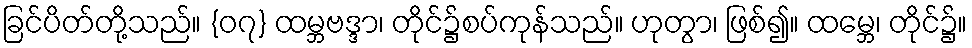
ခြင်ပိတ်တို့သည်။ {၀၇} ထမ္ဘဗဒ္ဒာ၊ တိုင်၌စပ်ကုန်သည်။ ဟုတွာ၊ ဖြစ်၍။ ထမ္ဘေ၊ တိုင်၌။